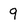
Character: 9